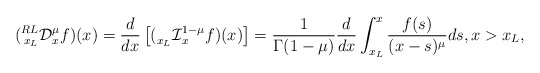
\begin{align*}(\prescript{RL}{x_L}{\mathcal{D}}_{x}^{\mu}f)(x)=\frac{d}{dx}\left[(\prescript{}{x_L}{\mathcal{I}}_{x}^{1-\mu}f)(x)\right]=\frac1{\Gamma(1-\mu)}\frac{d}{dx}\int_{x_L}^x\frac{f(s)}{(x-s)^{\mu}}ds,x>x_L,\end{align*}